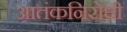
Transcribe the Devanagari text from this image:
आतंकनिरोधी